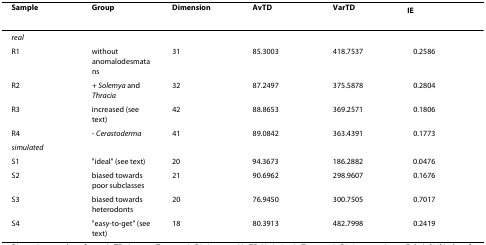
<table><thead><tr><td><b>Sample</b></td><td><b>Group</b></td><td><b>Dimension</b></td><td><b>AvTD</b></td><td><b>VarTD</b></td><td><b>I<sub>E</sub></b></td></tr></thead><tbody><tr><td><i>real</i></td><td></td><td></td><td></td><td></td><td></td></tr><tr><td>R1</td><td>without anomalodesmatans</td><td>31</td><td>85.3003</td><td>418.7537</td><td>0.2586</td></tr><tr><td>R2</td><td>+ <i>Solemya </i>and <i>Thracia</i></td><td>32</td><td>87.2497</td><td>375.5878</td><td>0.2804</td></tr><tr><td>R3</td><td>increased (see text)</td><td>42</td><td>88.8653</td><td>369.2571</td><td>0.1806</td></tr><tr><td>R4</td><td>- <i>Cerastoderma</i></td><td>41</td><td>89.0842</td><td>363.4391</td><td>0.1773</td></tr><tr><td><i>simulated</i></td><td></td><td></td><td></td><td></td><td></td></tr><tr><td>S1</td><td>&quot;ideal&quot; (see text)</td><td>20</td><td>94.3673</td><td>186.2882</td><td>0.0476</td></tr><tr><td>S2</td><td>biased towards poor subclasses</td><td>21</td><td>90.6962</td><td>298.9607</td><td>0.1676</td></tr><tr><td>S3</td><td>biased towards heterodonts</td><td>20</td><td>76.9450</td><td>300.7505</td><td>0.7017</td></tr><tr><td>S4</td><td>&quot;easy-to-get&quot; (see text)</td><td>18</td><td>80.3913</td><td>482.7998</td><td>0.2419</td></tr></tbody></table>